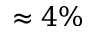
\approx 4 \%